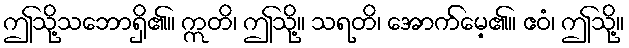
ဤသို့သဘောရှိ၏။ ဣတိ၊ ဤသို့။ သရတိ၊ အောက်မေ့၏။ ဧဝံ၊ ဤသို့။